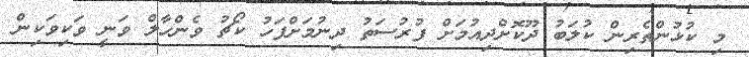
މި ކުޅުންތެރިން ކުލަބު ދޫކޮށްދިއުމަށް ފުރުސަތު ދިނުމަށްފަހު ކޯޗު ވެންހާލް ވަނީ ވަކިވަކިން